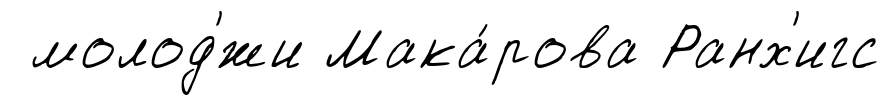
молод'́жи Мака́рова Ранх'игс